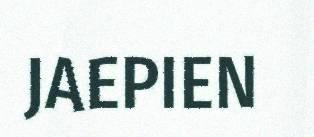
JAEPIEN